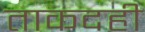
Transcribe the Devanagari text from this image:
ताकदही